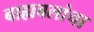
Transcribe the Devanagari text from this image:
बाह्यबलांचा